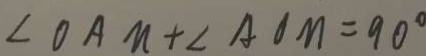
\angle O A M + \angle A O M = 9 0 ^ { \circ }